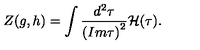
Z ( g , h ) = \int \frac { { d } ^ { 2 } \tau } { { ( I m \tau ) } ^ { 2 } } { \cal H } ( \tau ) .